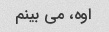
اوه، می بینم